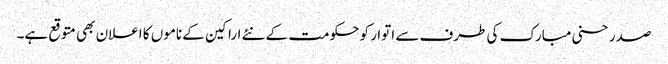
صدر حسنی مبارک کی طرف سے اتوار کو حکومت کے نئے اراکین کے ناموں کا اعلان بھی متوقع ہے۔